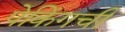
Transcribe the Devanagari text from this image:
पेकिंगची